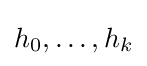
h_{0},\dots ,h_{k}